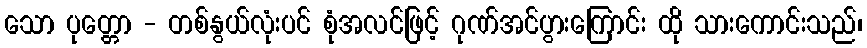
သော ပုတ္တော - တစ်နွယ်လုံးပင် စုံအလင်ဖြင့် ဂုဏ်အင်ပွားကြောင်း ထို သားကောင်းသည်၊